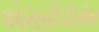
એસસીપીએલ